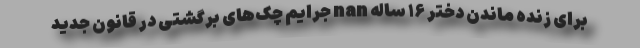
برای زنده ماندن دختر ۱۶ ساله nan جرایم چک‌های برگشتی در قانون جدید